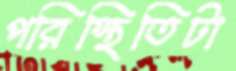
পরিস্থিতিটা